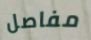
مفاصل